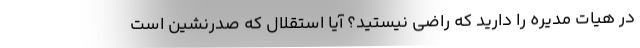
در هیات مدیره را دارید که راضی نیستید؟ آیا استقلال که صدرنشین است